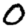
Digit: 0